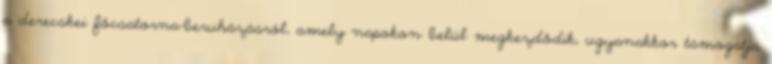
a derecskei főcsatorna-beruházásról, amely napokon belül megkezdődik, ugyanakkor támogatja